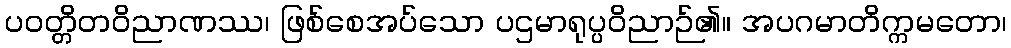
ပဝတ္တိတဝိညာဏဿ၊ ဖြစ်စေအပ်သော ပဌမာရုပ္ပဝိညာဉ်၏။ အပဂမာတိက္ကမတော၊